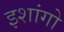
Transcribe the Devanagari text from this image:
इशांगो